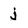
Character: j